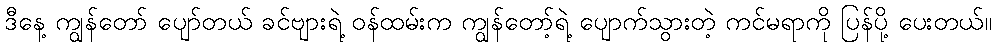
ဒီနေ့ ကျွန်တော် ပျော်တယ် ခင်ဗျားရဲ့ ဝန်ထမ်းက ကျွန်တော့်ရဲ့ ပျောက်သွားတဲ့ ကင်မရာကို ပြန်ပို့ ပေးတယ်။